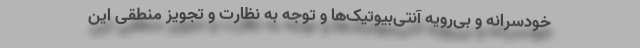
خودسرانه و بی‌رویه آنتی‌بیوتیک‌ها و توجه به نظارت و تجویز منطقی این